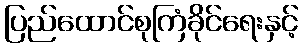
ပြည်ထောင်စုကြံခိုင်ရေးနှင့်